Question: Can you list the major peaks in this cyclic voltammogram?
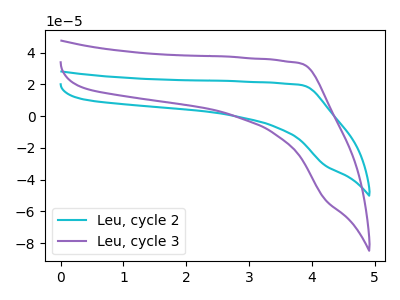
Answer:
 <answer>The cyan curve "Leu, cycle 2" has no peaks. The purple curve "Leu, cycle 3" has no peaks.</answer>
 <eval></eval>